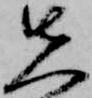
先